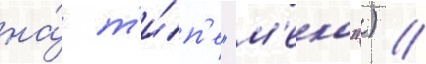
на́ т'и́п'е "м'еко") //